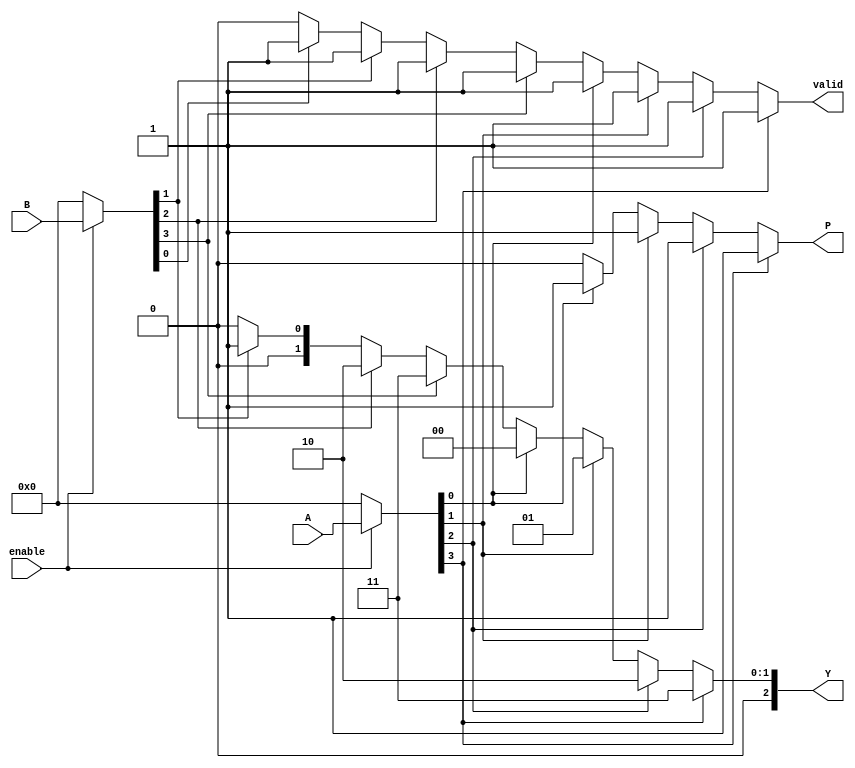
module dual_priority_encoder (
    input wire [3:0] A,  // Group A inputs: A0, A1, A2, A3
    input wire [3:0] B,  // Group B inputs: B0, B1, B2, B3
    input wire enable,    // Enable signal
    output reg [2:0] Y,   // 3-bit binary output
    output reg P,         // Priority indicator
    output reg valid      // Output valid indicator
);

// Internal signals to determine the highest active input
wire [3:0] active_A;
wire [3:0] active_B;

// Assign active signals based on the enable signal
assign active_A = enable ? A : 4'b0000;
assign active_B = enable ? B : 4'b0000;

// Combinational logic to determine the output based on active inputs
always @(*) begin
    // Initialize outputs
    Y = 3'b000; // Default output
    P = 1'b0;   // Default priority indicator
    valid = 1'b0; // Default valid indicator

    // Check Group A inputs first
    if (active_A[3]) begin
        Y = 3'b011; // Output for A3
        P = 1'b1;   // Priority from Group A
        valid = 1'b1;
    end else if (active_A[2]) begin
        Y = 3'b010; // Output for A2
        P = 1'b1;   // Priority from Group A
        valid = 1'b1;
    end else if (active_A[1]) begin
        Y = 3'b001; // Output for A1
        P = 1'b1;   // Priority from Group A
        valid = 1'b1;
    end else if (active_A[0]) begin
        Y = 3'b000; // Output for A0
        P = 1'b1;   // Priority from Group A
        valid = 1'b1;
    end 
    // If no active A inputs, check Group B inputs
    else if (active_B[3]) begin
        Y = 3'b011; // Output for B3
        P = 1'b0;   // Priority from Group B
        valid = 1'b1;
    end else if (active_B[2]) begin
        Y = 3'b010; // Output for B2
        P = 1'b0;   // Priority from Group B
        valid = 1'b1;
    end else if (active_B[1]) begin
        Y = 3'b001; // Output for B1
        P = 1'b0;   // Priority from Group B
        valid = 1'b1;
    end else if (active_B[0]) begin
        Y = 3'b000; // Output for B0
        P = 1'b0;   // Priority from Group B
        valid = 1'b1;
    end
end

endmodule